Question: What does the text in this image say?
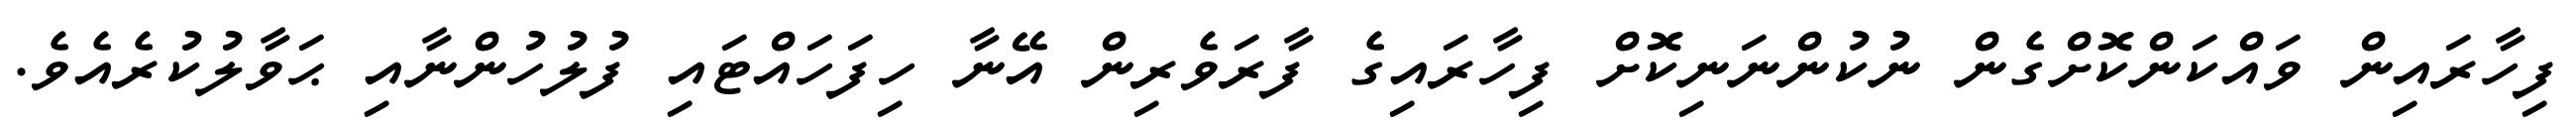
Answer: ފިހާރައިން ވައްކަންކޮށްގެން ނުކުންނަނިކޮށް ފިހާރައިގެ ފާރަވެރިން އޭނާ ހިފަހައްޓައި ފުލުހުންނާއި ޙަވާލުކުރެއެވެ.